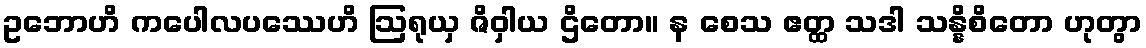
ဥဘောဟိ ကပေါလပဿေဟိ ဩရုယှ ဇိဝှါယ ဌိတော။ န စေသ ဧတ္ထ သဒါ သန္နိစိတော ဟုတွာ